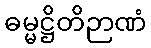
ဓမ္မဋ္ဌိတိဉာဏံ